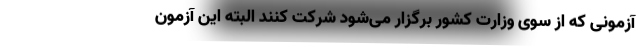
آزمونی که از سوی وزارت کشور برگزار می‌شود شرکت کنند البته این آزمون